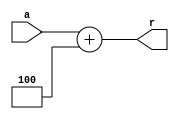
`timescale 1ns / 1ps
//////////////////////////////////////////////////////////////////////////////////
// Company: 
// Engineer: 
// 
// Design Name: 
// Module Name: Add8
// Project Name: 
// Target Devices: 
// Tool Versions: 
// Description: 
// 
// Dependencies: 
// 
// Revision:
// Revision 0.01 - File Created
// Additional Comments:
// 
//////////////////////////////////////////////////////////////////////////////////


module Add8(
    input [31:0] a,
    output [31:0] r
    );
    assign r = a + 4;
endmodule